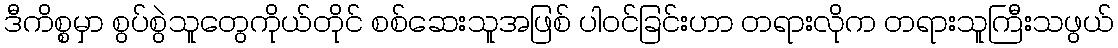
ဒီကိစ္စမှာ စွပ်စွဲသူတွေကိုယ်တိုင် စစ်ဆေးသူအဖြစ် ပါဝင်ခြင်းဟာ တရားလိုက တရားသူကြီးသဖွယ်